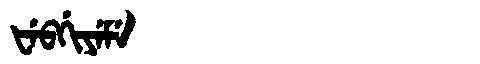
Manchu: ᡶᡝᠪᡤᡳᠶᡝᠮᡝ
Romanization: FEBGIYEME